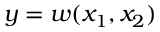
y = w ( x _ { 1 } , x _ { 2 } )